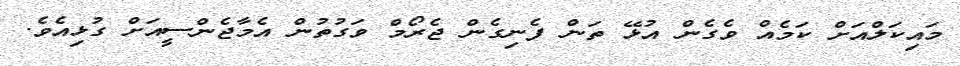
މައިކަލްއަށް ކަމެއް ވެގެން އުޅޭ ތަން ފެނިގެން ޖެރޯމް ވަގުތުން އެމާޖެންސީއަށް ގުޅިއެވެ.